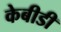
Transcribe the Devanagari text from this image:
केबीडी